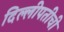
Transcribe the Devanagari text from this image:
दिल्लीपतीची